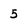
Character: 5